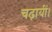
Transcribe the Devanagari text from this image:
चढ़ायीं।